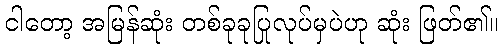
ငါတော့ အမြန်ဆုံး တစ်ခုခုပြုလုပ်မှပဲဟု ဆုံး ဖြတ်၏။